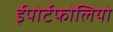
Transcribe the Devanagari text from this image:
ईपोर्टफोलियो